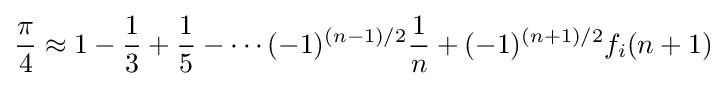
{\frac {\pi }{4}}\approx 1-{\frac {1}{3}}+{\frac {1}{5}}-\cdots (-1)^{(n-1)/2}{\frac {1}{n}}+(-1)^{(n+1)/2}f_{i}(n+1)